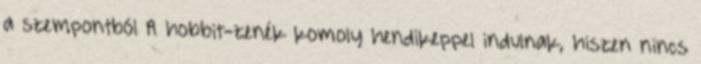
a szempontból A hobbit-zenék komoly hendikeppel indulnak, hiszen nincs